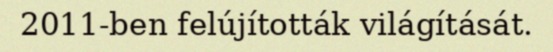
2011-ben felújították világítását.